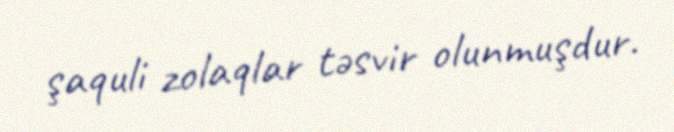
şaquli zolaqlar təsvir olunmuşdur.